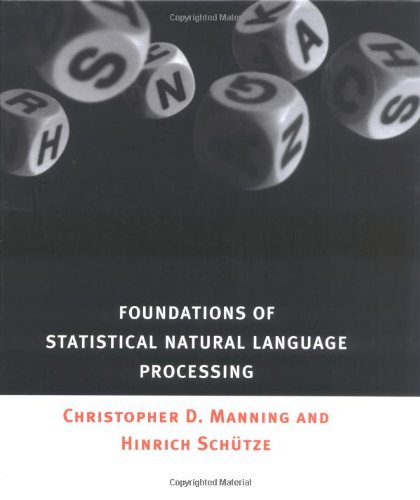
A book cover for Foundations of Statistical Natural Language Processing; Christopher D. Manning; Computers & Technology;